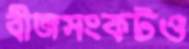
বীজসংকটও